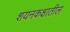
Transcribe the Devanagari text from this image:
शयनकक्षातील